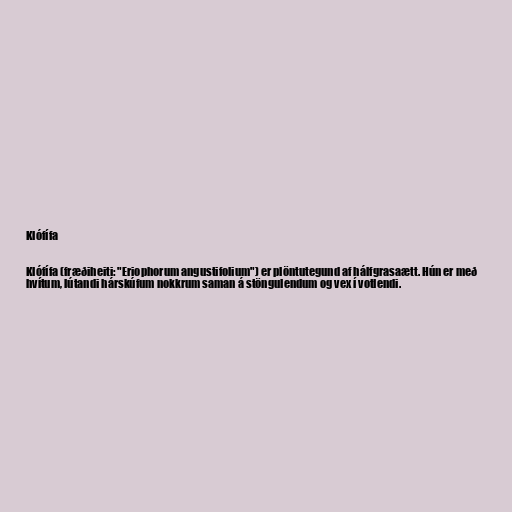
Klófífa

Klófífa (fræðiheiti: "Eriophorum angustifolium") er plöntutegund af hálfgrasaætt. Hún er með
hvítum, lútandi hárskúfum nokkrum saman á stöngulendum og vex í votlendi.